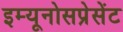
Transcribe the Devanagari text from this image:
इम्यूनोसप्रेसेंट